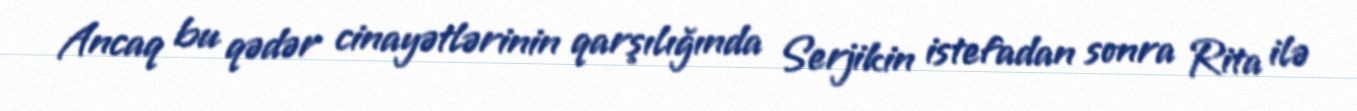
Ancaq bu qədər cinayətlərinin qarşılığında Serjikin istefadan sonra Rita ilə